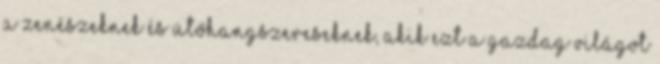
a zenészeknek és ütőhangszereseknek, akik ezt a gazdag világot